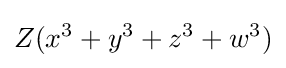
Z(x^{3}+y^{3}+z^{3}+w^{3})